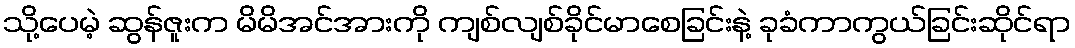
သို့ပေမဲ့ ဆွန်ဇူးက မိမိအင်အားကို ကျစ်လျစ်ခိုင်မာစေခြင်းနဲ့ ခုခံကာကွယ်ခြင်းဆိုင်ရာ